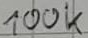
Text: 100k